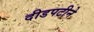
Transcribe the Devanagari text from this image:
दीडपटीने